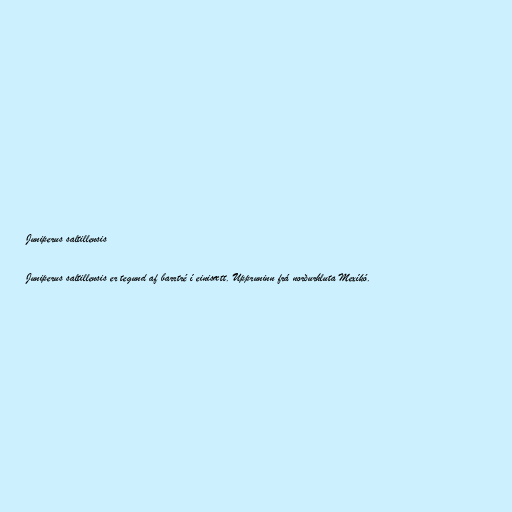
Juniperus saltillensis

Juniperus saltillensis er tegund af barrtré í einisætt. Uppruninn frá norðurhluta Mexíkó.